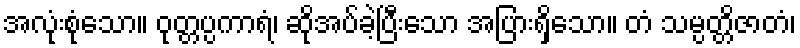
အလုံးစုံသော။ ဝုတ္တပ္ပကာရံ၊ ဆိုအပ်ခဲ့ပြီးသော အပြားရှိသော။ တံ သမ္ပတ္တိဇာတံ၊